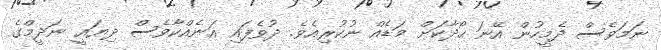
ނަމަވެސް ދެމީހުން އޭނަ ހޯދާކަށް މަޑެއް ނުކުރިއެވެ. ދުވެފައި އަނެއްކާވެސް ދިޔައީ ނަދީމްގެ